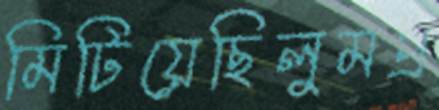
মিটিয়েছিলুমপ্র